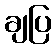
ချပြ